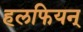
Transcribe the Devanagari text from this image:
हलफियन्